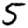
Digit: 5